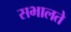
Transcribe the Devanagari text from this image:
सभालते